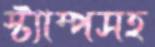
স্ট্যাম্পসহ